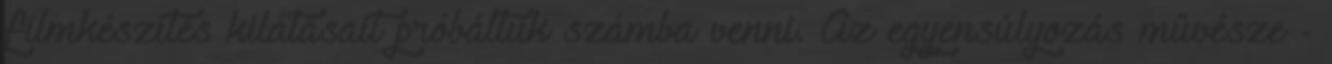
filmkészítés kilátásait próbáltuk számba venni. Az egyensúlyozás művésze -